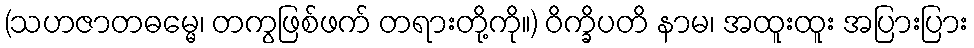
(သဟဇာတဓမ္မေ၊ တကွဖြစ်ဖက် တရားတို့ကို။) ဝိက္ခိပတိ နာမ၊ အထူးထူး အပြားပြား